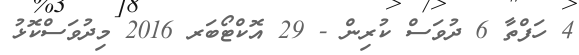
4 ހަފްތާ 6 ދުވަސް ކުރިން - 29 އޮކްޓޯބަރ 2016 މިދުވަސްކޮޅު